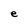
Character: e